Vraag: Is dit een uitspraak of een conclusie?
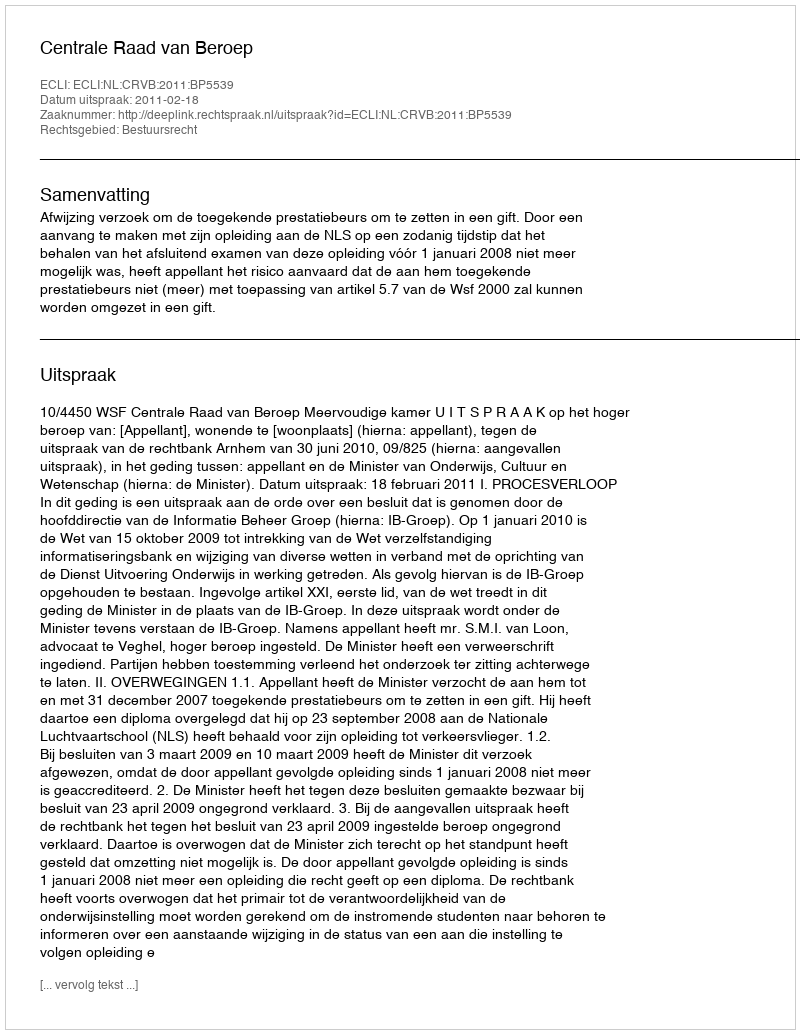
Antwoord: Uitspraak